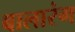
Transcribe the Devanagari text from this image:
बालारंग